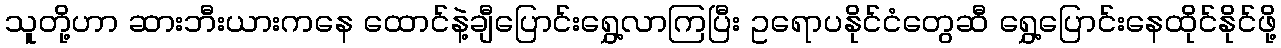
သူတို့ဟာ ဆားဘီးယားကနေ ထောင်နဲ့ချီပြောင်းရွှေ့လာကြပြီး ဥရောပနိုင်ငံတွေဆီ ရွှေ့ပြောင်းနေထိုင်နိုင်ဖို့